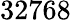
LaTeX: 32768